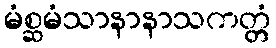
မံစ္ဆမံသာနာနာသကတ္တံ